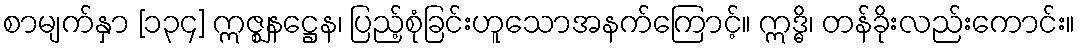
စာမျက်နှာ [၁၃၄] ဣဇ္ဈနဋ္ဌေန၊ ပြည့်စုံခြင်းဟူသောအနက်ကြောင့်။ ဣဒ္ဓိ၊ တန်ခိုးလည်းကောင်း။